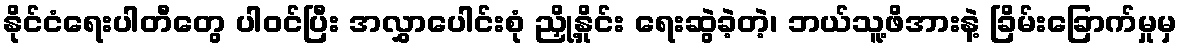
နိုင်ငံရေးပါတီတွေ ပါဝင်ပြီး အလွှာပေါင်းစုံ ညှို့နှိုင်း ရေးဆွဲခဲ့တဲ့၊ ဘယ်သူ့ဖိအားနဲ့ ခြိမ်းခြောက်မှုမှ